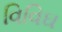
વિવિઘ